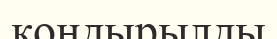
қондырылды